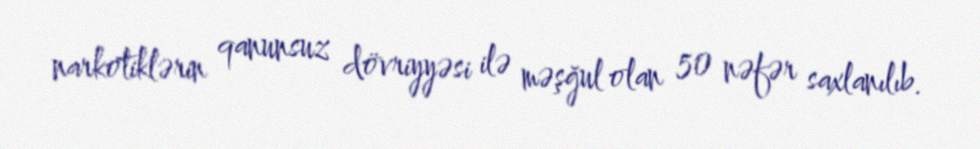
narkotiklərin qanunsuz dövriyyəsi ilə məşğul olan 50 nəfər saxlanılıb.